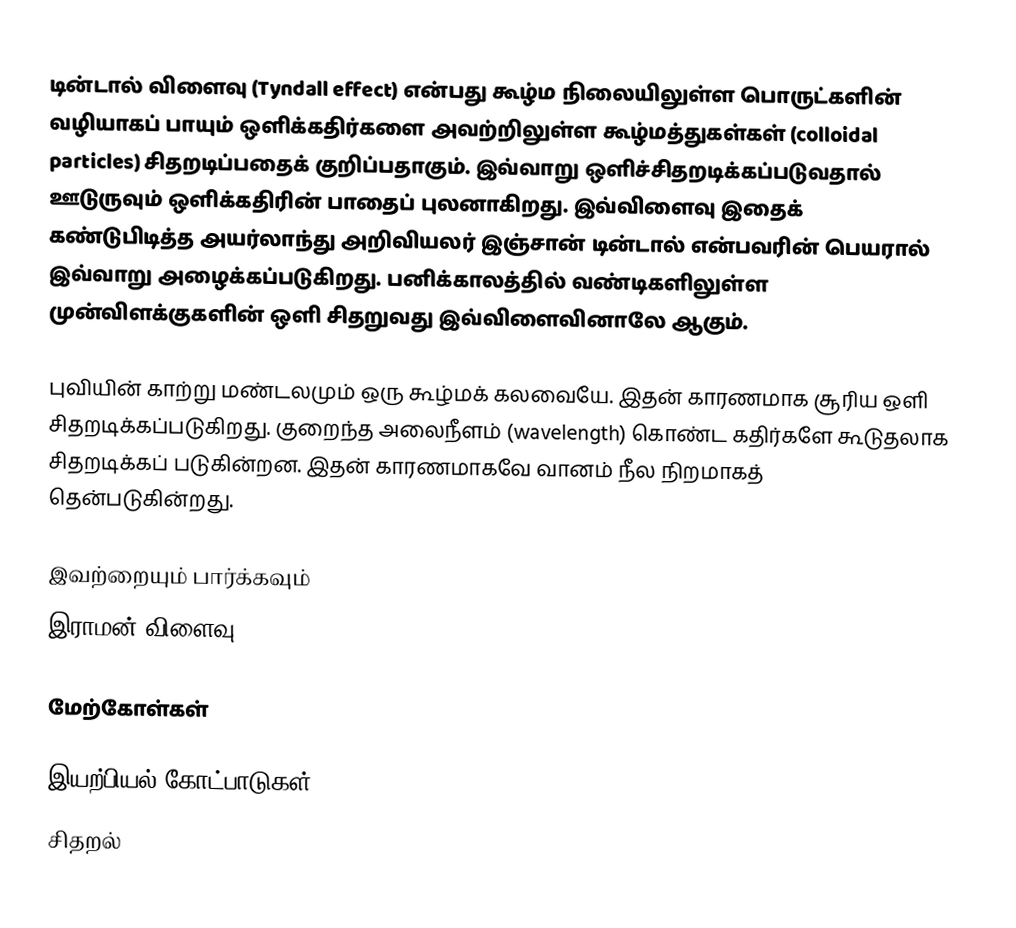
டின்டால் விளைவு (Tyndall effect) என்பது கூழ்ம நிலையிலுள்ள பொருட்களின் வழியாகப் பாயும் ஒளிக்கதிர்களை அவற்றிலுள்ள கூழ்மத்துகள்கள் (colloidal particles) சிதறடிப்பதைக் குறிப்பதாகும். இவ்வாறு ஒளிச்சிதறடிக்கப்படுவதால் ஊடுருவும் ஒளிக்கதிரின் பாதைப் புலனாகிறது.  இவ்விளைவு இதைக் கண்டுபிடித்த அயர்லாந்து அறிவியலர் இஞ்சான் டின்டால் என்பவரின் பெயரால் இவ்வாறு அழைக்கப்படுகிறது. பனிக்காலத்தில் வண்டிகளிலுள்ள முன்விளக்குகளின் ஒளி சிதறுவது இவ்விளைவினாலே ஆகும்.

புவியின் காற்று மண்டலமும் ஒரு கூழ்மக் கலவையே. இதன் காரணமாக சூரிய ஒளி சிதறடிக்கப்படுகிறது. குறைந்த அலைநீளம் (wavelength) கொண்ட கதிர்களே கூடுதலாக சிதறடிக்கப் படுகின்றன. இதன் காரணமாகவே வானம் நீல நிறமாகத் தென்படுகின்றது.

இவற்றையும் பார்க்கவும்
 இராமன் விளைவு

மேற்கோள்கள்

இயற்பியல் கோட்பாடுகள்
சிதறல்